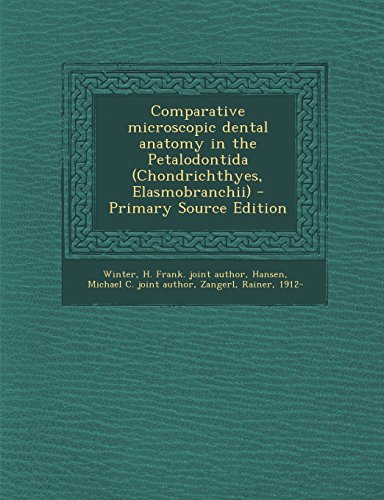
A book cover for Comparative Microscopic Dental Anatomy in the Petalodontida (Chondrichthyes, Elasmobranchii) - Primary Source Edition; H. Frank Joint Author Winter; Medical Books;